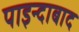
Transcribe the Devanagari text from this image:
पाइन्दाबाद